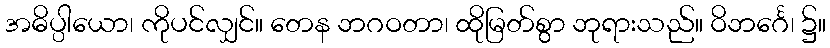
အဓိပ္ပါယော၊ ကိုပင်လျှင်။ တေန ဘဂဝတာ၊ ထိုမြတ်စွာ ဘုရားသည်။ ဝိဘင်္ဂေ၊ ၌။